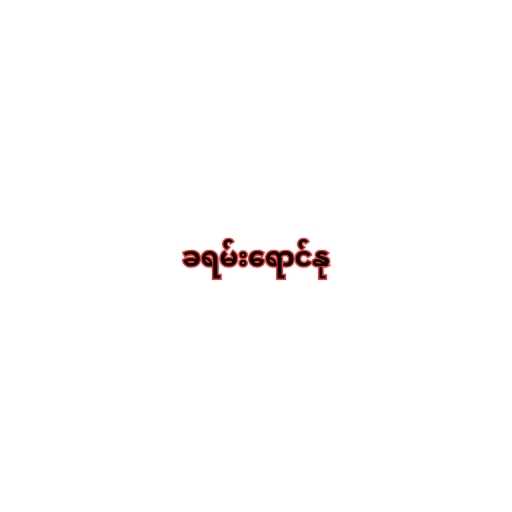
ခရမ်းရောင်နု